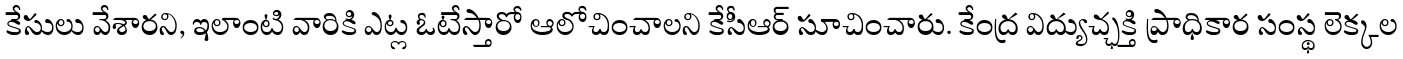
కేసులు వేశారని, ఇలాంటి వారికి ఎట్ల ఓటేస్తారో ఆలోచించాలని కేసీఆర్ సూచించారు. కేంద్ర విద్యుచ్ఛక్తి ప్రాధికార సంస్థ లెక్కల